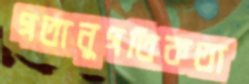
গতানুগতিকতা